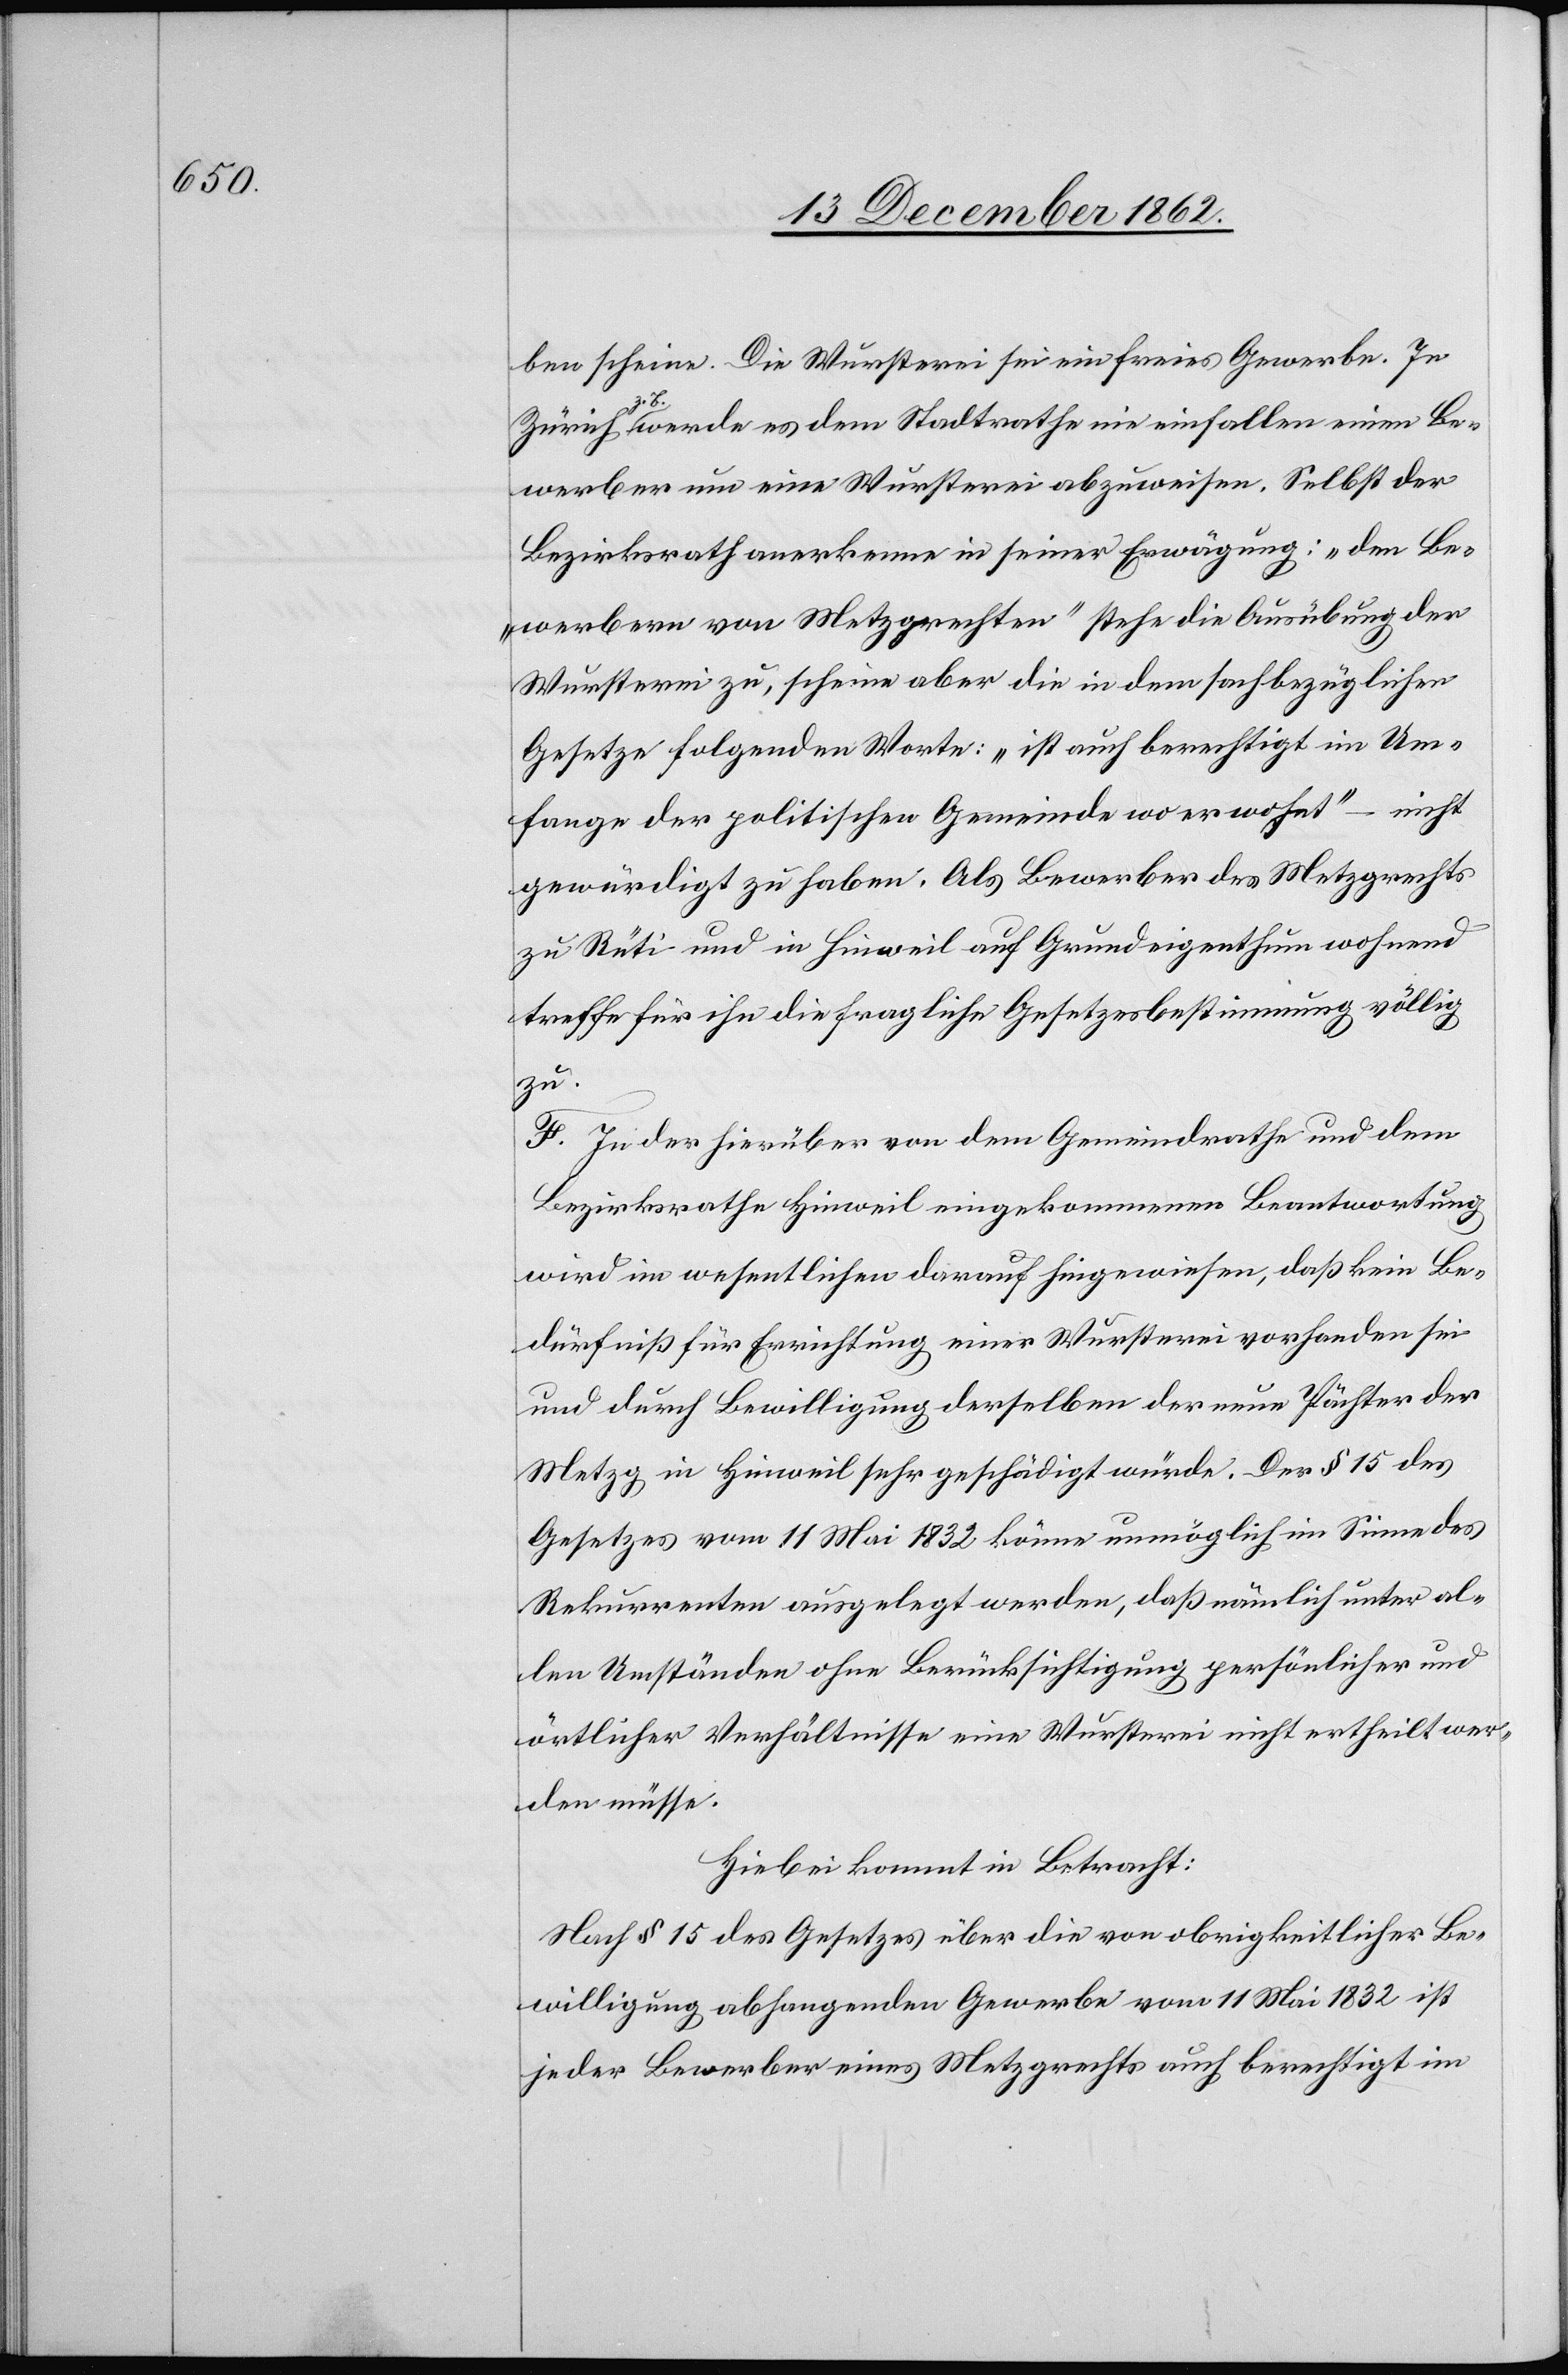
ben scheine. Die Wursterei sei ein freies Gewerbe. In
Zürich z. B. werde es dem Stadtrathe nie einfallen einen Be¬
werber um eine Wursterei abzuweisen. Selbst der
Bezirksrath anerkenne in seiner Erwägung: „den Be¬
werbern von Metzgrechten“ stehe die Ausübung der
Wursterei zu, scheine aber die in dem sachbezüglicher
Gesetze folgenden Worte: „ist auch berechtigt im Um¬
fange der politischen Gemeinde wo er wohnt“ – nicht
gewürdigt zu haben. Als Bewerber des Metzgrechts
zu Rüti und in Hinweil auf Grundeigenthum wohnend
treffe für ihn die fragliche Gesetzesbestimmung völlig
zu.
F. In der hierüber von dem Gemeindrathe und dem
Bezirksrathe Hinweil eingekommenen Beantwortung
wird im wesentlichen darauf hingewiesen, daß kein Be¬
dürfniß für Errichtung einer Wursterei vorhanden sei
und durch Bewilligung derselben der neue Pächter der
Metzg in Hinweil sehr geschädigt würde. Der § 15 des
Gesetzes vom 11. Mai 1832 könne unmöglich im Sinne des
Rekurrenten ausgelegt werden, daß nämlich unter al¬
len Umständen ohne Berücksichtigung persönlicher und
örtlicher Verhältnisse eine Wursterei nicht ertheilt wer¬
den müsse.
Hiebei kommt in Betracht:
Nach § 15 des Gesetzes über die von obrigkeitlicher Be¬
willigung abhangenden Gewerbe vom 11. Mai 1832 ist
jeder Bewerber eines Metzgrechts auch berechtigt im